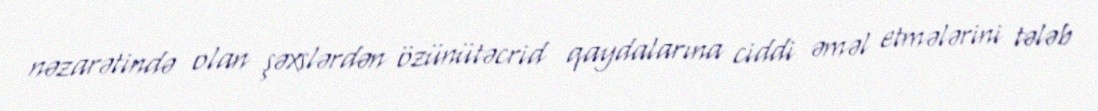
nəzarətində olan şəxslərdən özünütəcrid qaydalarına ciddi əməl etmələrini tələb